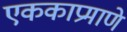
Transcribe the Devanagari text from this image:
एककाप्रमाणे